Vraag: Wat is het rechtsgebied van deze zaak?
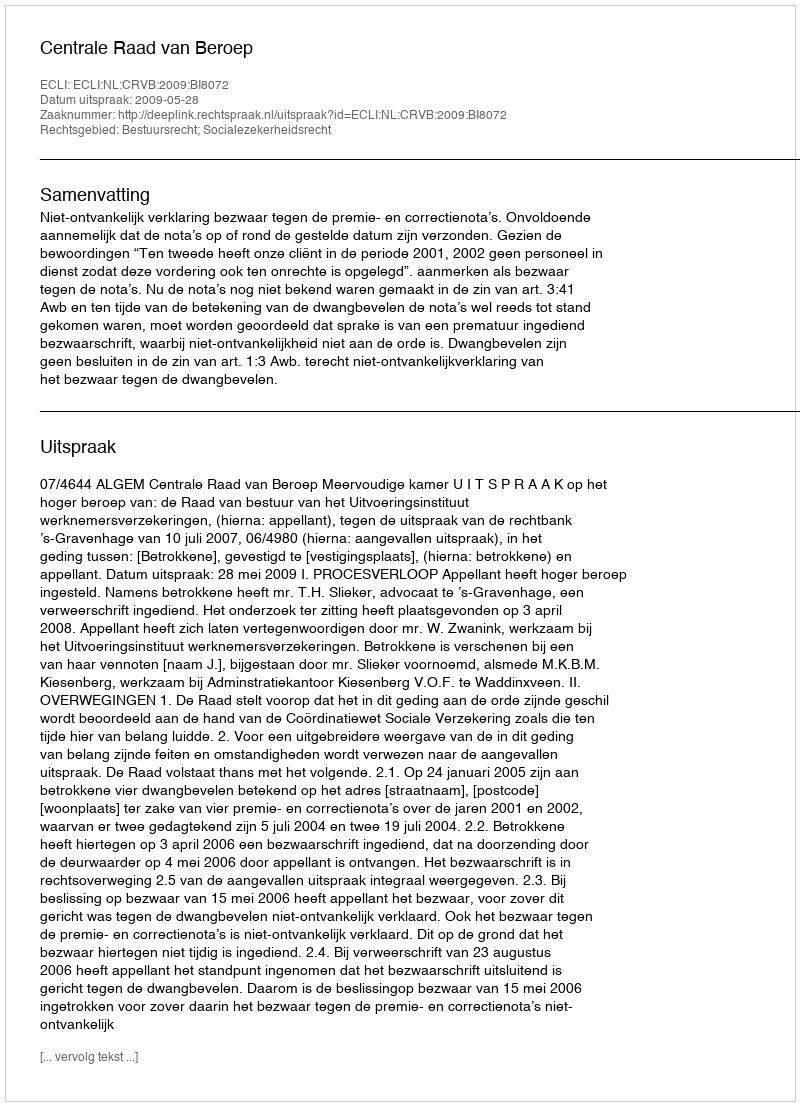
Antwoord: Bestuursrecht; Socialezekerheidsrecht